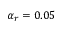
\alpha _ { r } = 0 . 0 5